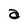
Character: a